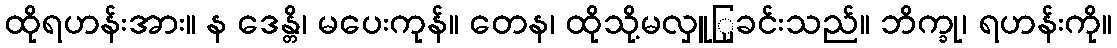
ထိုရဟန်းအား။ န ဒေန္တိ၊ မပေးကုန်။ တေန၊ ထိုသို့မလှူြုခင်းသည်။ ဘိက္ခု၊ ရဟန်းကို။